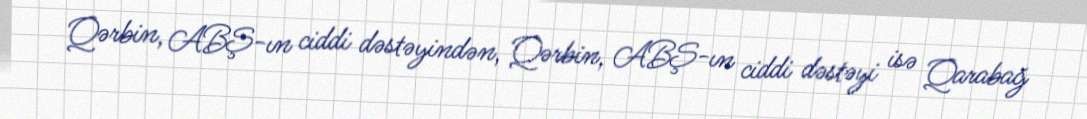
Qərbin, ABŞ-ın ciddi dəstəyindən, Qərbin, ABŞ-ın ciddi dəstəyi isə Qarabağ